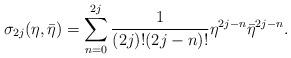
LaTeX: \begin{align*}\sigma_{2j}(\eta, \bar \eta) = \sum_{n=0}^{2j} \frac{1}{(2j)!(2j-n)!}\eta^{2j-n} \bar\eta^{2j-n}.\end{align*}